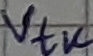
Text: Vtk